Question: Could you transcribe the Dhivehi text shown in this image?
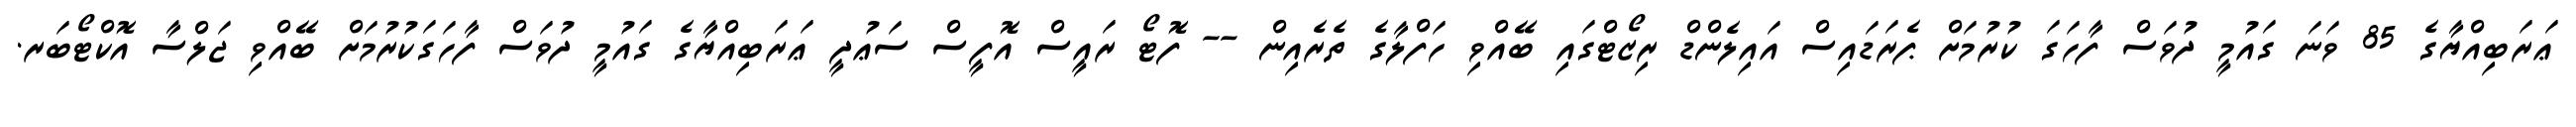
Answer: ޢަރަބިއްޔާގެ 85 ވަނަ ގައުމީ ދުވަސް ފާހަގަ ކުރުމަށް ޕެރަޑައިސް އައިލެންޑް ރިޒޯޓްގައި ބޭއްވި ހަފްލާގެ ތެރެއިން -- ފޮޓޯ ރައީސް އޮފީސް ސަޢުދީ ޢަރަބިއްޔާގެ ގައުމީ ދުވަސް ފާހަގަކުރުމަށް ބޭއްވި ޖަލްސާ އޮކްޓޯބަރ.